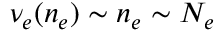
\nu _ { e } ( n _ { e } ) \sim n _ { e } \sim N _ { e }